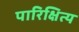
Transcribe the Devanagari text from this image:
पारिक्षित्य